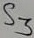
Text: S3